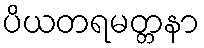
ပိယတရမတ္တနာ